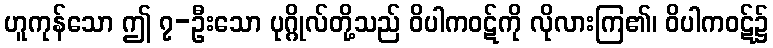
ဟူကုန်သော ဤ ၇-ဦးသော ပုဂ္ဂိုလ်တို့သည် ဝိပါကဝဋ်ကို လိုလားကြ၏၊ ဝိပါကဝဋ်၌